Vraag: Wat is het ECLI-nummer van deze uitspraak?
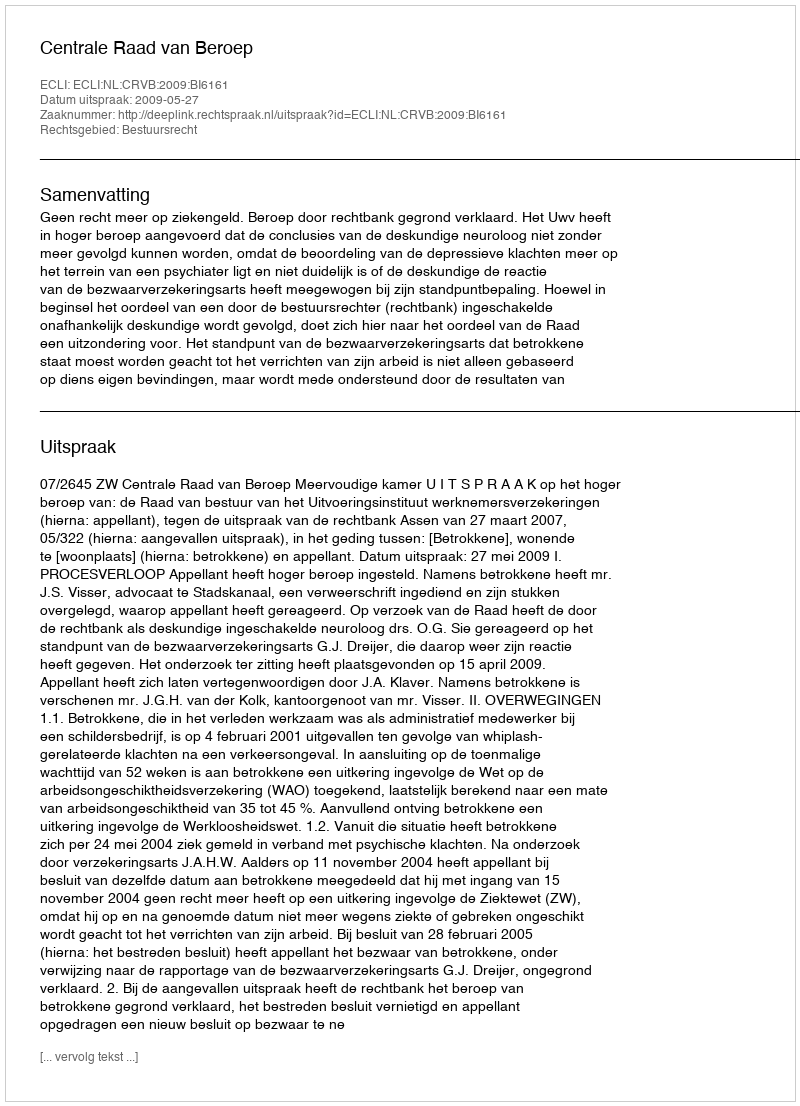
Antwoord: ECLI:NL:CRVB:2009:BI6161